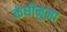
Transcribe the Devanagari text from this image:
कंघीनुमा